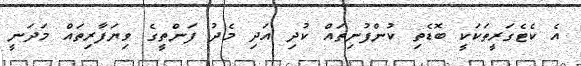
އެ ކެޓެގަރީތަކަކީ ބޮޑެތި ކުންފުނިތައް ކުދި އަދި މެދު ފަންތީގެ ވިޔަފާރިތައް މަދަނީ